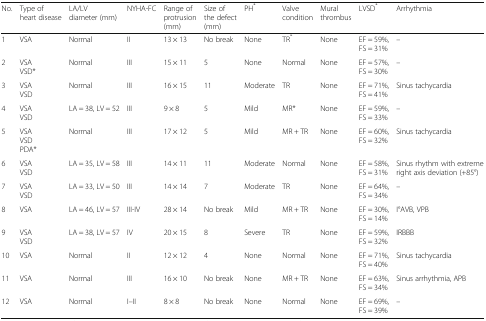
<table><thead><tr><td><b>No.</b></td><td><b>Type of heart disease</b></td><td><b>LA/LV diameter (mm)</b></td><td><b>NYHA-FC</b></td><td><b>Range of protrusion(mm)</b></td><td><b>Size of the defect(mm)</b></td><td><b>PH<sup>*</sup></b></td><td><b>Valve condition</b></td><td><b>Mural thrombus</b></td><td><b>LVSD<sup>*</sup></b></td><td><b>Arrhythmia</b></td></tr></thead><tbody><tr><td>1</td><td>VSA</td><td>Normal</td><td>II</td><td>13 × 13</td><td>No break</td><td>None</td><td>TR<sup>*</sup></td><td>None</td><td>EF = 59%, FS = 31%</td><td>–</td></tr><tr><td>2</td><td>VSAVSD*</td><td>Normal</td><td>III</td><td>15 × 11</td><td>5</td><td>None</td><td>Normal</td><td>None</td><td>EF = 57%, FS = 30%</td><td>–</td></tr><tr><td>3</td><td>VSAVSD</td><td>Normal</td><td>III</td><td>16 × 15</td><td>11</td><td>Moderate</td><td>TR</td><td>None</td><td>EF = 71%, FS = 41%</td><td>Sinus tachycardia</td></tr><tr><td>4</td><td>VSAVSD</td><td>LA = 38, LV = 52</td><td>III</td><td>9 × 8</td><td>5</td><td>Mild</td><td>MR*</td><td>None</td><td>EF = 59%, FS = 33%</td><td>–</td></tr><tr><td>5</td><td>VSAVSDPDA*</td><td>Normal</td><td>III</td><td>17 × 12</td><td>5</td><td>Mild</td><td>MR + TR</td><td>None</td><td>EF = 60%, FS = 32%</td><td>Sinus tachycardia</td></tr><tr><td>6</td><td>VSAVSD</td><td>LA = 35, LV = 58</td><td>III</td><td>14 × 11</td><td>11</td><td>Moderate</td><td>Normal</td><td>None</td><td>EF = 58%, FS = 31%</td><td>Sinus rhythm with extreme right axis deviation (+85°)</td></tr><tr><td>7</td><td>VSAVSD</td><td>LA = 33, LV = 50</td><td>III</td><td>14 × 14</td><td>7</td><td>Moderate</td><td>TR</td><td>None</td><td>EF = 64%, FS = 34%</td><td>–</td></tr><tr><td>8</td><td>VSA</td><td>LA = 46, LV = 57</td><td>III-IV</td><td>28 × 14</td><td>No break</td><td>Mild</td><td>MR + TR</td><td>None</td><td>EF = 30%, FS = 14%</td><td>I°AVB, VPB</td></tr><tr><td>9</td><td>VSAVSD</td><td>LA = 38, LV = 57</td><td>IV</td><td>20 × 15</td><td>8</td><td>Severe</td><td>TR</td><td>None</td><td>EF = 59%, FS = 32%</td><td>IRBBB</td></tr><tr><td>10</td><td>VSA</td><td>Normal</td><td>II</td><td>12 × 12</td><td>4</td><td>None</td><td>Normal</td><td>None</td><td>EF = 71%, FS = 40%</td><td>Sinus tachycardia</td></tr><tr><td>11</td><td>VSA</td><td>Normal</td><td>III</td><td>16 × 10</td><td>No break</td><td>None</td><td>MR + TR</td><td>None</td><td>EF = 63%, FS = 34%</td><td>Sinus arrhythmia, APB</td></tr><tr><td>12</td><td>VSA</td><td>Normal</td><td>I–II</td><td>8 × 8</td><td>No break</td><td>None</td><td>Normal</td><td>None</td><td>EF = 69%, FS = 39%</td><td>–</td></tr></tbody></table>